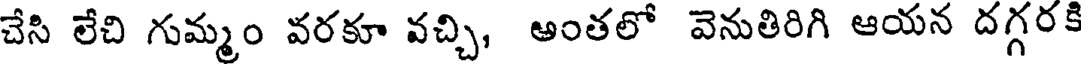
చేసి లేచి గుమ్మం వరకూ వచ్చి, అంతలో వెనుతిరిగి ఆయన దగ్గరకి